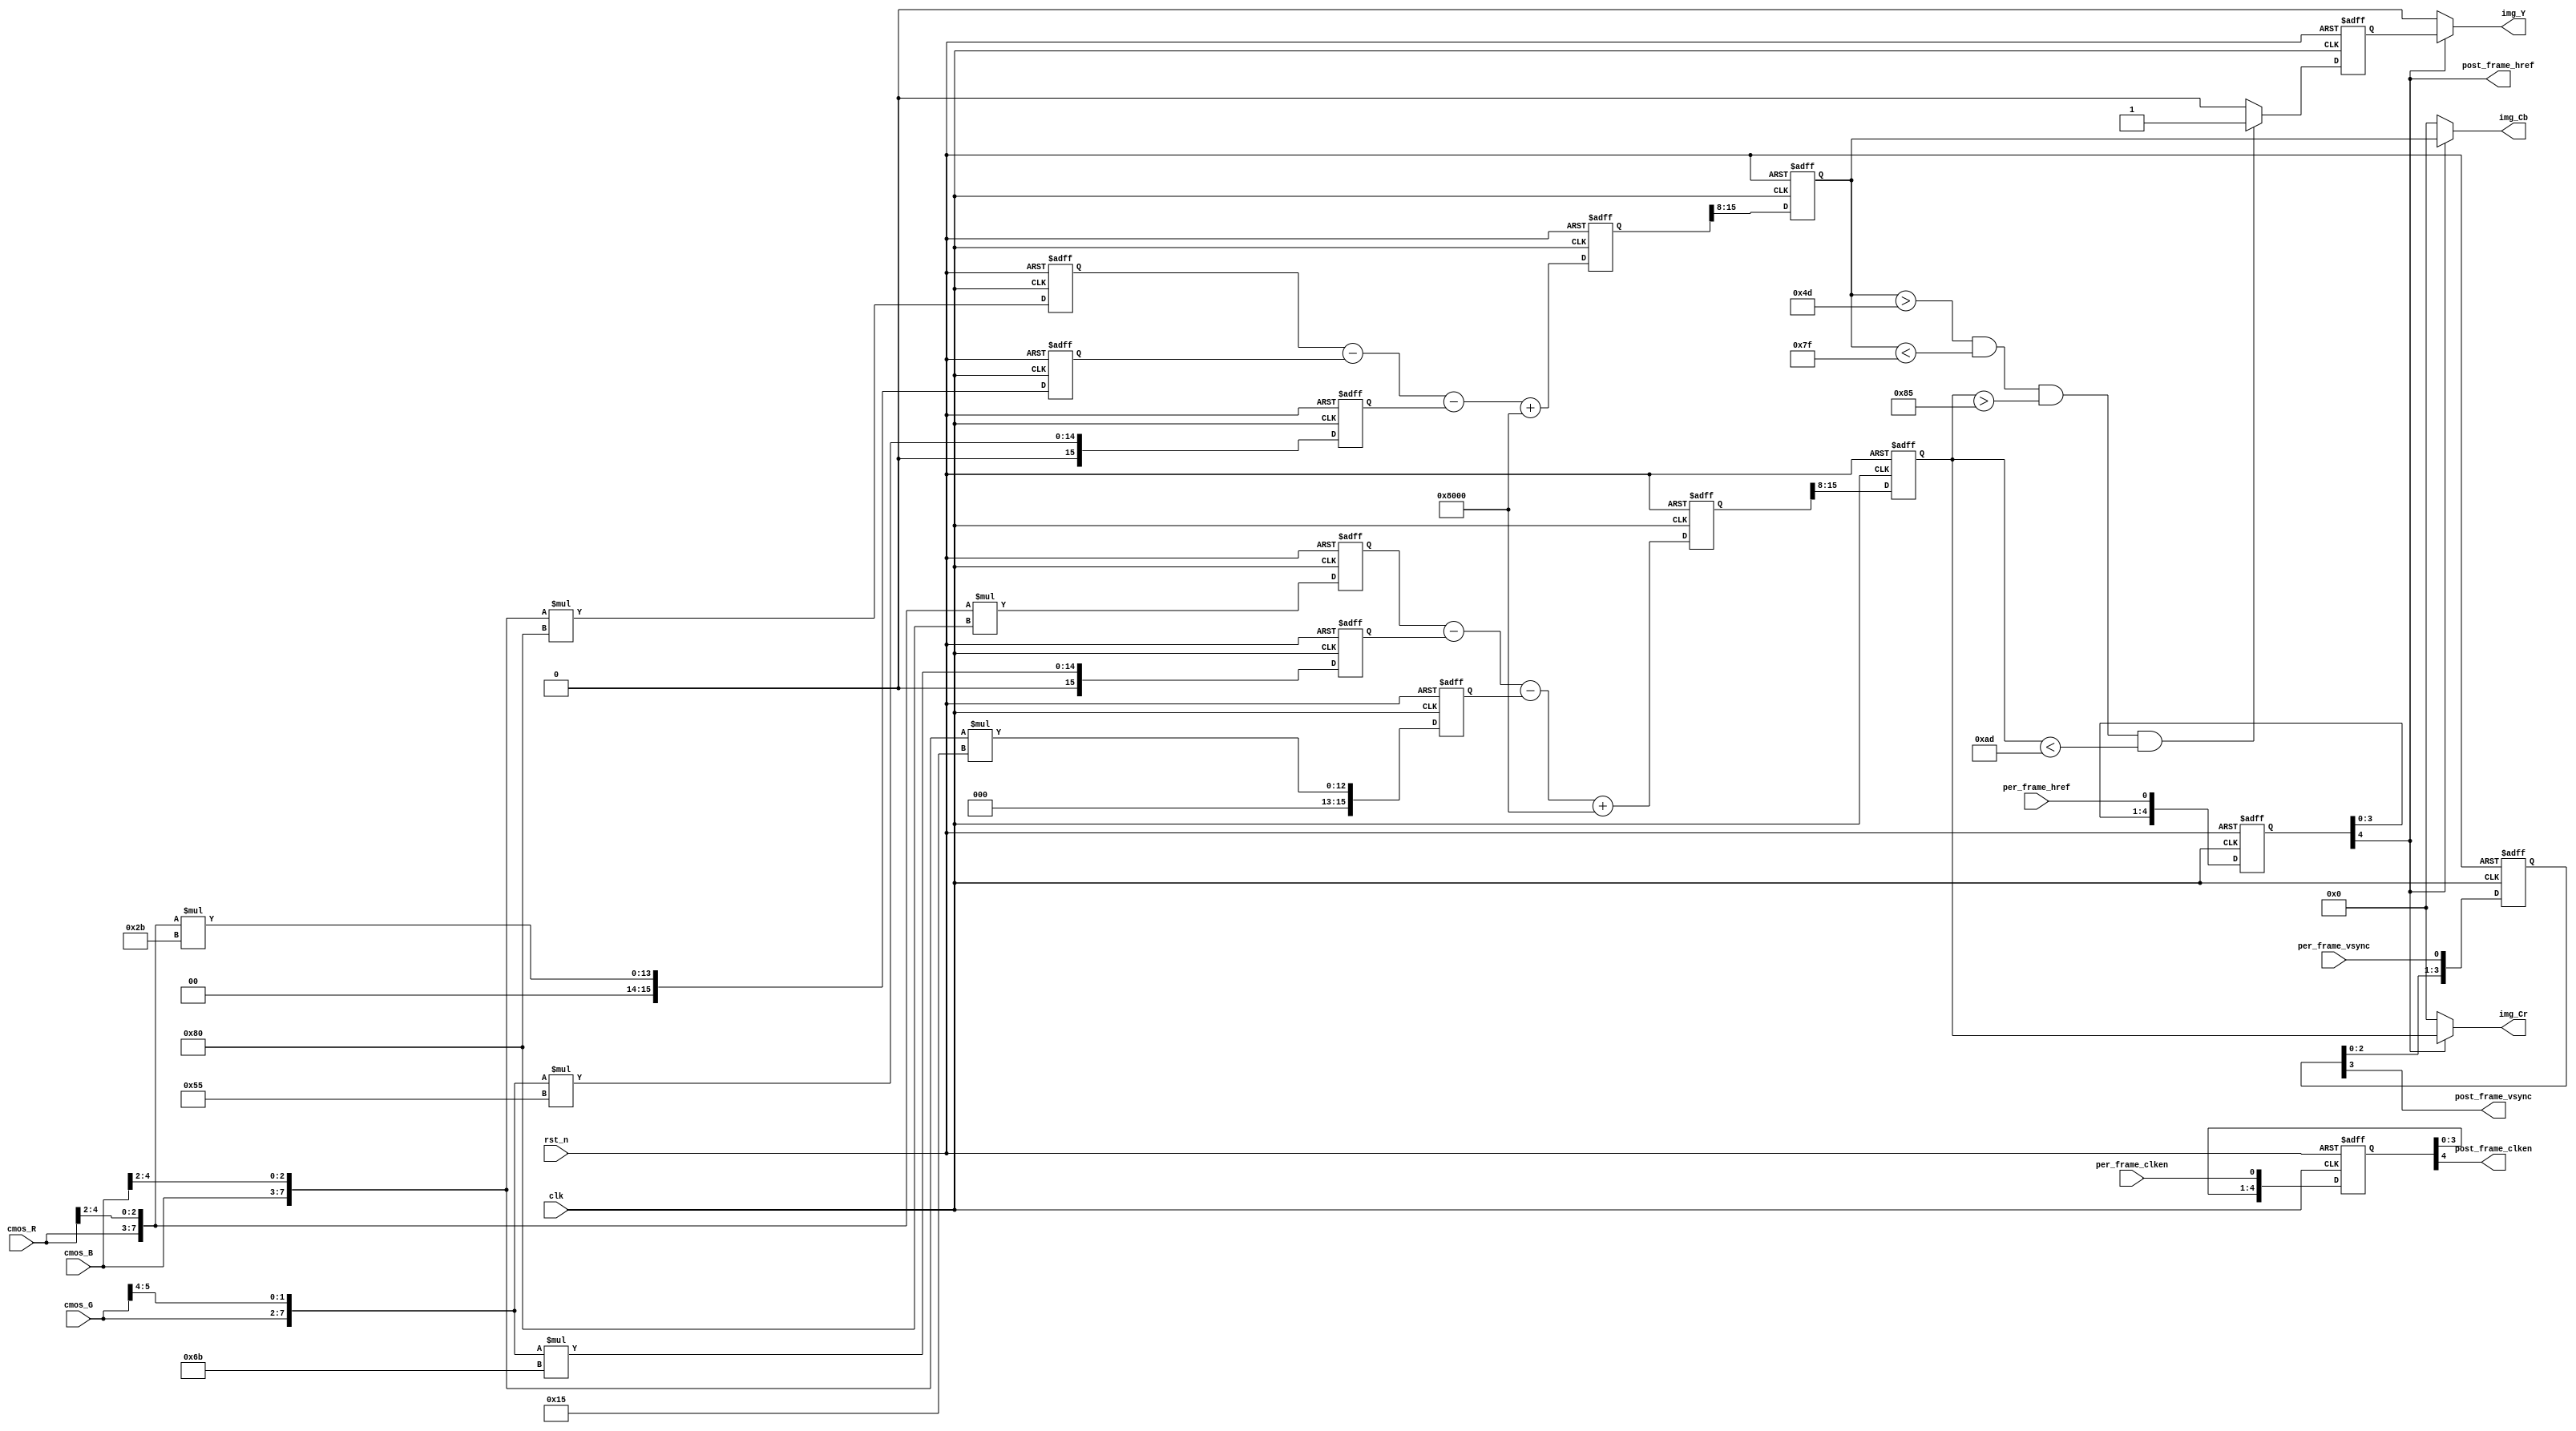
`timescale 1ns/1ps

module RGB565_YCbCr_gray(
	input 				clk,//COMS pixel clk 24Mhz
	input 				rst_n,
	//others	
	input 	[4:0]		cmos_R,
	input	[5:0]		cmos_G,
	input 	[4:0]		cmos_B,
	input 				per_frame_clken,
	input 				per_frame_vsync,
	input 				per_frame_href,
	output	[0:0]		img_Y,
	output	[7:0]		img_Cb,
	output	[7:0]		img_Cr,
	output				post_frame_clken,
	output 				post_frame_vsync,
	output				post_frame_href
);

//--------------------------------------------
//RGB565 to RGB 888 
wire 	[7:0]	cmos_R0;
wire 	[7:0]	cmos_G0;
wire 	[7:0]	cmos_B0;

assign cmos_R0	= 	{cmos_R, cmos_R[4:2]};
assign cmos_G0	= 	{cmos_G, cmos_G[5:4]};
assign cmos_B0	= 	{cmos_B, cmos_B[4:2]};


//--------------------------------------------
/*//Refer to <OV7725 Camera Module Software Applicaton Note> page 5
	Y 	=	(77 *R 	+ 	150*G 	+ 	29 *B)>>8
	Cb 	=	(-43*R	- 	85 *G	+ 	128*B)>>8 + 128
	Cr 	=	(128*R 	-	107*G  	-	21 *B)>>8 + 128
--->
	Y 	=	(77 *R 	+ 	150*G 	+ 	29 *B)>>8
	Cb 	=	(-43*R	- 	85 *G	+ 	128*B + 32768)>>8
	Cr 	=	(128*R 	-	107*G  	-	21 *B + 32768)>>8*/
//--------------------------------------------
//RGB888 to YCrCb
//step1 conmuse 1clk
reg 	[15:0]	cmos_R1, cmos_R2, cmos_R3;
reg 	[15:0]	cmos_G1, cmos_G2, cmos_G3;
reg 	[15:0]	cmos_B1, cmos_B2, cmos_B3;
always @(posedge clk or negedge rst_n)
begin
	if(!rst_n)begin
		cmos_R1 <= 16'd0;
         cmos_G1 <= 16'd0;
         cmos_B1 <= 16'd0;
		cmos_R2 <= 16'd0;
         cmos_G2 <= 16'd0;
         cmos_B2 <= 16'd0;
		cmos_R3 <= 16'd0;
         cmos_G3 <= 16'd0;
         cmos_B3 <= 16'd0;
	end
	else begin
		cmos_R1 <= cmos_R0 * 8'd77;
		cmos_G1 <= cmos_G0 * 8'd150;
		cmos_B1 <= cmos_B0 * 8'd29; 
		cmos_R2 <= cmos_R0 * 8'd43; 
		cmos_G2 <= cmos_G0 * 8'd85; 
		cmos_B2 <= cmos_B0 * 8'd128; 
         cmos_R3 <= cmos_R0 * 8'd128;
         cmos_G3 <= cmos_G0 * 8'd107;
         cmos_B3 <= cmos_B0 * 8'd21;
	end
end

//-----------------------------------------------
//step2 consume 1clk
reg		[15:0]	img_Y0;
reg 	[15:0]	img_Cb0;
reg 	[15:0]	img_Cr0;

always @(posedge clk or negedge rst_n)
begin
	if(!rst_n)begin
		img_Y0 <= 16'd0;
		img_Cb0 <= 16'd0;
		img_Cr0 <= 16'd0;
	end
	else begin
		img_Y0  <= cmos_R1 + cmos_G1 + cmos_B1;
		img_Cb0 <= cmos_B2 - cmos_R2 - cmos_G2 + 16'd32768;
		img_Cr0 <= cmos_R3 - cmos_G3 - cmos_B3 + 16'd32768;
	end
	
end
//-------------------------------------------
//step3 conmuse 1clk
reg		[7:0]	img_Y1;
reg 	[7:0]	img_Cb1;
reg 	[7:0]	img_Cr1;

always @(posedge clk or negedge rst_n)
begin
	if(!rst_n)begin
		img_Y1  <= 8'd0;
		img_Cb1 <= 8'd0;
		img_Cr1 <= 8'd0;
	end
	else begin
		img_Y1  <= img_Y0  [15:8];
		img_Cb1 <= img_Cb0 [15:8];
		img_Cr1 <= img_Cr0 [15:8];
	end
	
end

//------------------------------------------
//step4 consume 1clk
reg 	[0:0]	gray_data_r;
always @(posedge clk or negedge rst_n)begin
	if(!rst_n)
		gray_data_r <= 'b0;
	else if(img_Cb1 > 77 && img_Cb1 < 127 && img_Cr1 > 133 && img_Cr1 < 173)
		gray_data_r <= 1;
	else 
		gray_data_r <= 0;
end


//---------------------------------------------
//pre_frame_clken, pre_frame_href, pre_frame_vsync,lag 3clk

reg 	[4:0] 	per_frame_clken_r;
reg 	[4:0] 	per_frame_href_r;
reg 	[4:0] 	per_frame_vsync_r;

always @(posedge clk or negedge rst_n)
begin
	if(!rst_n)begin
		per_frame_clken_r <= 4'b0;
		per_frame_href_r <=  4'b0;
		per_frame_vsync_r <= 4'b0;
	end	
	else begin
		per_frame_clken_r <= {per_frame_clken_r [3:0], per_frame_clken};
		per_frame_href_r  <= {per_frame_href_r  [3:0],per_frame_href};
		per_frame_vsync_r <= {per_frame_vsync_r [3:0],per_frame_vsync};
	end
end

assign post_frame_clken = per_frame_clken_r [4];
assign post_frame_href  = per_frame_href_r  [4];
assign post_frame_vsync = per_frame_vsync_r [3];

assign img_Y  = post_frame_href? gray_data_r: 1'b0;
assign img_Cb = post_frame_href? img_Cb1: 1'b0;
assign img_Cr = post_frame_href? img_Cr1: 1'b0;

endmodule